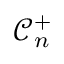
\mathcal { C } _ { n } ^ { + }